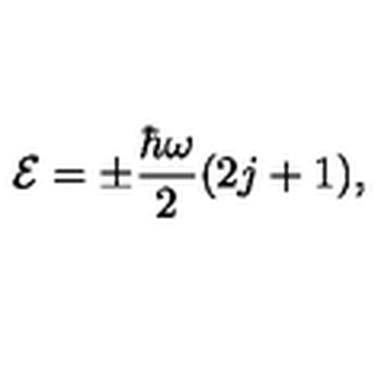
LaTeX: { \cal E } = \pm { \frac { \hbar \omega } { 2 } } ( 2 j + 1 ) ,